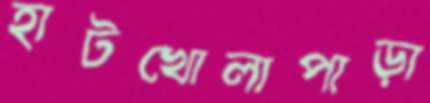
হাটখোলাপাড়া